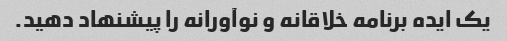
یک ایده برنامه خلاقانه و نوآورانه را پیشنهاد دهید.